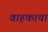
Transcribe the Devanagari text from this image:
वाहकाचा